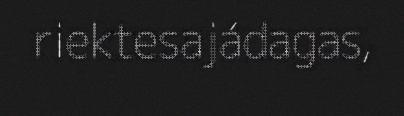
riektesajádagas,